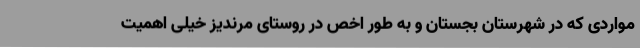
مواردی که در شهرستان بجستان و به طور اخص در روستای مرندیز خیلی اهمیت